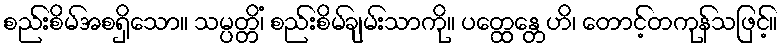
စည်းစိမ်အစရှိသော။ သမ္ပတ္တိံ၊ စည်းစိမ်ချမ်းသာကို။ ပတ္ထေန္တေဟိ၊ တောင့်တကုန်သဖြင့်။